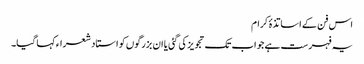
اس فن کے اساتذۂ کرام
یہ فہرست ہے جو اب تک تجویز کی گئی یا ان بزرگوں کو استاد شعراء کہا گیا۔